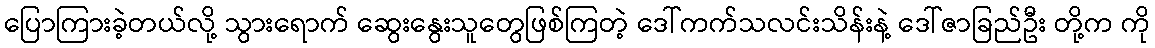
ပြောကြားခဲ့တယ်လို့ သွားရောက် ဆွေးနွေးသူတွေဖြစ်ကြတဲ့ ဒေါ်ကက်သလင်းသိန်းနဲ့ ဒေါ်ဇာခြည်ဦး တို့က ကို